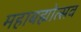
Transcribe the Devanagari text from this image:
महाबह्मोत्‍सव